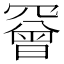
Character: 𦌛